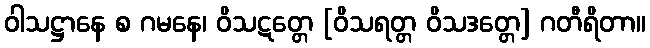
ဝါသဋ္ဌာနေ စ ဂမနေ၊ ဝိသဋတ္တေ [ဝိသရတ္တ ဝိသဒတ္တေ] ဂတီရိတာ။